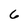
Character: 6